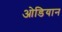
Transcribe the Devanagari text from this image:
ओडियान